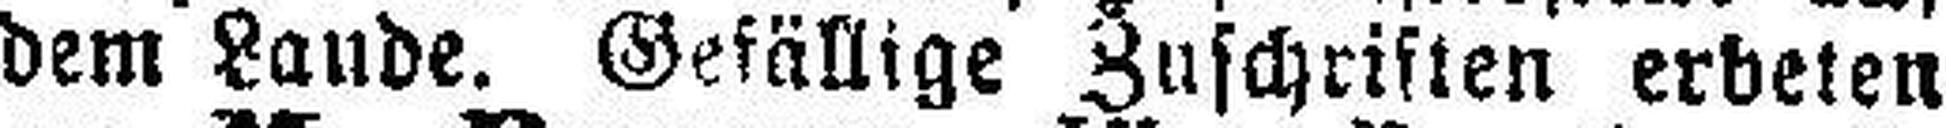
dem Lande. Gefällige Zuschriften erbeken